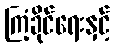
ကြံ့ခိုင်ရေးနှင့်